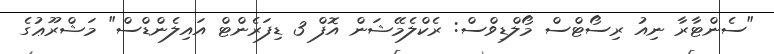
"ސެންޓާރާ ނިއު ރިސޯޓްސް މޯލްޑިވްސް: ރެކްލެމޭޝަން އޮފް 3 ޑިފަރެންޓް އައިލެންޑްސް" މަޝްރޫޢުގެ